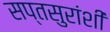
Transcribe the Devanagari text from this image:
सप्तसुरांशी